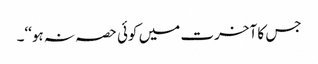
جس کا آخرت میں کوئی حصہ نہ ہو‘‘۔